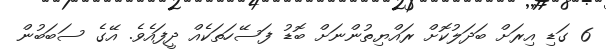
6 ގަޑި އިރަށް ބަދަލުކޮށް ރައްޔިތުންނަށް ބޮޑު ފަސޭހަތަކެއް ދީފައެވެ. އޭގެ ސަބަބުން